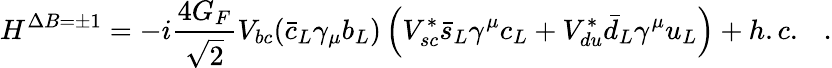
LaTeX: H^{\Delta B=\pm 1}=-i\frac{4G_{F}}{\sqrt{2}}V_{bc}({\bar{c}_{L}}\gamma_{\mu}b_{L})\left(V_{sc}^{*}{\bar{s}_{L}}\gamma^{\mu}c_{L}+V_{du}^{*}{\bar{d}_{L}}\gamma^{\mu}u_{L}\right)+h.c.~~~.